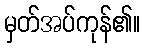
မှတ်အပ်ကုန်၏။